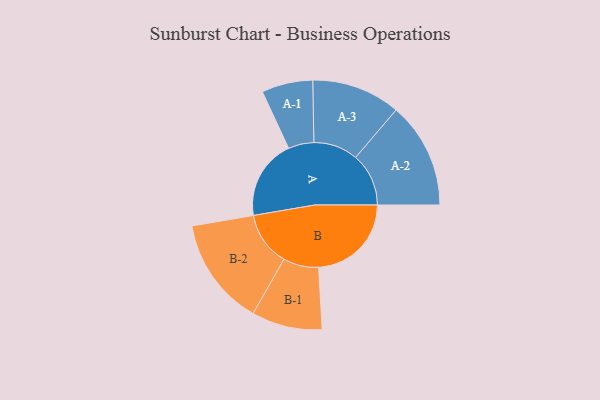
{"axis": {"x": "Segment", "y": "Value"}, "legend": ["", "A", "B"], "data": [{"x": "A", "y": 344, "type": ""}, {"x": "B", "y": 399, "type": ""}, {"x": "A-1", "y": 110, "type": "A"}, {"x": "A-2", "y": 228, "type": "A"}, {"x": "A-3", "y": 191, "type": "A"}, {"x": "B-1", "y": 152, "type": "B"}, {"x": "B-2", "y": 233, "type": "B"}]}